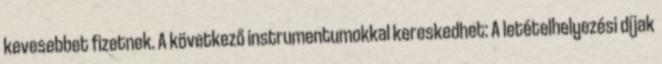
kevesebbet fizetnek. A következő instrumentumokkal kereskedhet: A letételhelyezési díjak